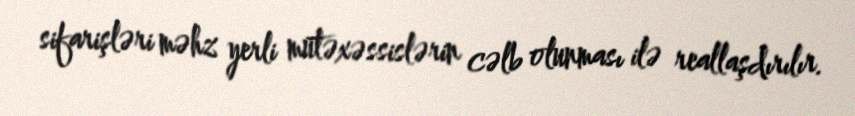
sifarişləri məhz yerli mütəxəssislərin cəlb olunması ilə reallaşdırılır.